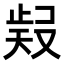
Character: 𭭧